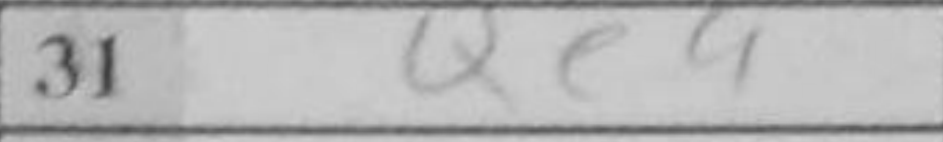
Transcription: Qe4